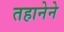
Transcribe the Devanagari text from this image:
तहानेने